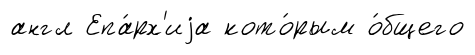
англ Епа́рх'иjа кото́рым о́бщего